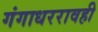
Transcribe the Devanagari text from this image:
गंगाधररावही